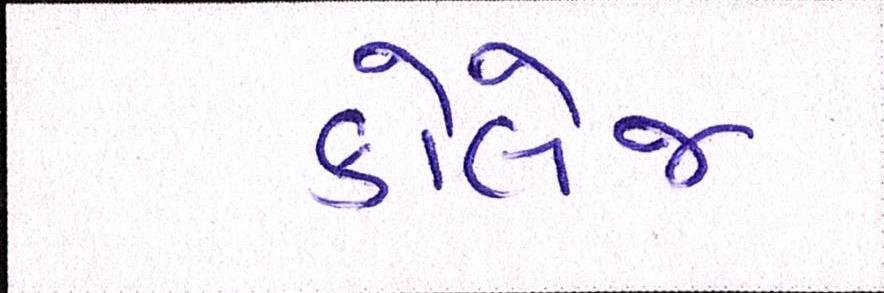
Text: કોલેજ